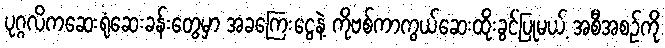
ပုဂ္ဂလိကဆေးရုံဆေးခန်းတွေမှာ အခကြေးငွေနဲ့ ကိုဗစ်ကာကွယ်ဆေးထိုးခွင့်ပြုမယ့် အစီအစဉ်ကို